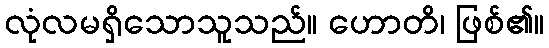
လုံလမရှိသောသူသည်။ ဟောတိ၊ ဖြစ်၏။